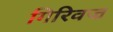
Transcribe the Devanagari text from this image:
गिरिवज्र